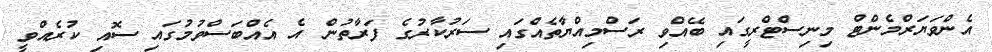
އެންވަޔަރްމެންޓް މިނިސްޓްރީގައި ބޭއްވި ރަސްމިއްޔާތެއްގައި ސަރުކާރުގެ ފަރާތުން އެ އެއްބަސްވުމުގައި ސޮއި ކުރެއްވީ